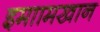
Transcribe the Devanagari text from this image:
इमाामखान